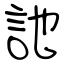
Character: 訑